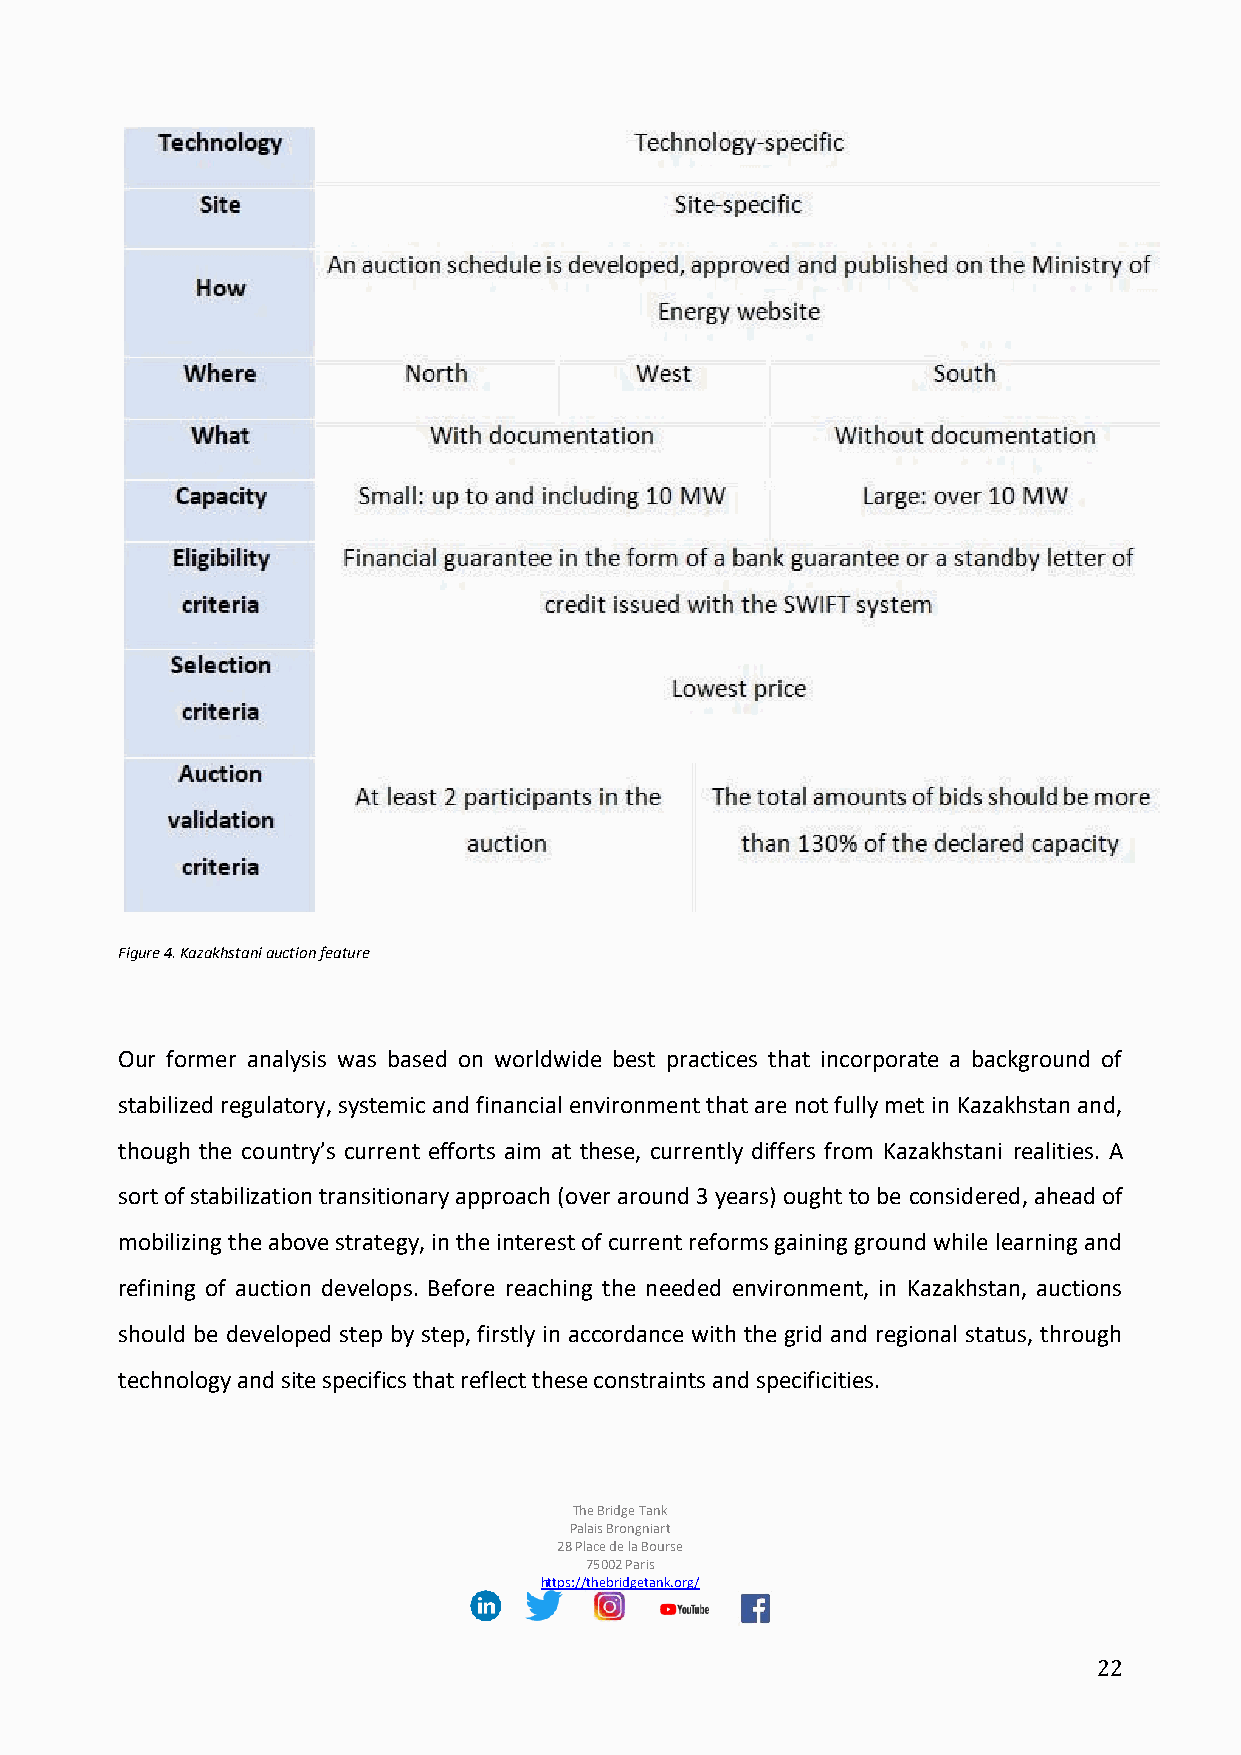
Figure 4. Kazakhstani auction feature
 Our former analysis was based on worldwide best practices that incorporate a background of
 stabilized regulatory, systemic and financial environment that are not fully met in Kazakhstan and,
 though the country’s current efforts aim at these, currently differs from Kazakhstani realities. A
 sort of stabilization transitionary approach (over around 3 years) ought to be considered, ahead of
 mobilizing the above strategy, in the interest of current reforms gaining ground while learning and
 refining of auction develops. Before reaching the needed environment, in Kazakhstan, auctions
 should be developed step by step, firstly in accordance with the grid and regional status, through
 technology and site specifics that reflect these constraints and specificities.
 The Bridge Tank
 Palais Brongniart
 28 Place de la Bourse
 75002 Paris
 https://thebridgetank.org/
 22